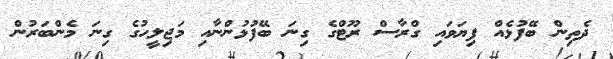
ދެތިން ބޭފުޅެއް ފިޔަވައި ގްރާސް ރޫޓްގެ ގިނަ ބޭފުޅުންނާއި މަޖިލީހުގެ ގިނަ މެންބަރުން